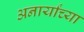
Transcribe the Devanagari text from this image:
अनार्यांच्या